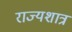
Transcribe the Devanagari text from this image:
राज्यशात्र